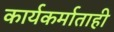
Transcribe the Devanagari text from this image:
कार्यकर्माताही